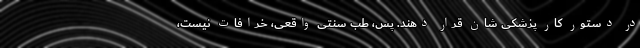
در دستور کار پزشکی شان قرار دهند. پس، طب سنتی واقعی، خرافات نیست،